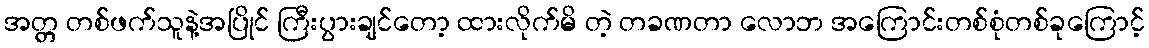
အတ္တ တစ်ဖက်သူနဲ့အပြိုင် ကြီးပွားချင်တော့ ထားလိုက်မိ တဲ့ တခဏတာ လောဘ အကြောင်းတစ်စုံတစ်ခုကြောင့်